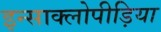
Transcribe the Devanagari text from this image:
इन्साक्लोपीड़िया